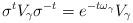
LaTeX: \begin{align*}\sigma^t V_\gamma \sigma^{-t} = e^{-t\omega_\gamma}V_\gamma\end{align*}